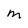
Character: M